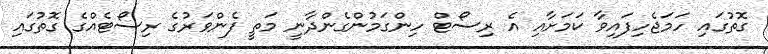
ގޮތުގައި ހަމަޖެހިފައިވާ ކަމަށާއި އެ ރިސޯޓް ހިންގަމުންގެންދާނީ މަތީ ފެންވަރުގެ ރިސޯޓެއްގެ ގޮތުގައި